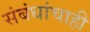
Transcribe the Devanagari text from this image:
संबंधांचाही